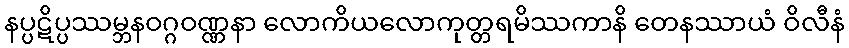
နပ္ပဋိပ္ပဿမ္ဘနဝဂ္ဂဝဏ္ဏနာ လောကိယလောကုတ္တရမိဿကာနိ တေနဿာယံ ဝိလီနံ